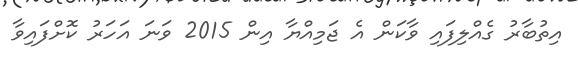
އިތުބާރު ގެއްލިފައި ވާކަން އެ ޖަމިއްޔާ އިން 2015 ވަނަ އަހަރު ކޮށްފައިވާ